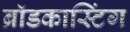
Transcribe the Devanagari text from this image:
ब्राॅडकास्टिंग